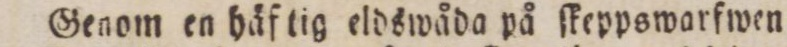
Genom en häf tig eldswåda på ſkeppswarfwen